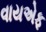
વાયએફ